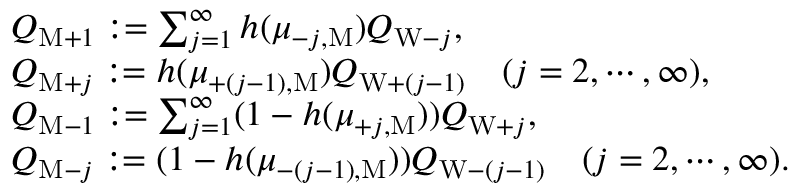
\begin{array} { r l } & { Q _ { \mathrm { M } + 1 } : = \sum _ { j = 1 } ^ { \infty } h ( \mu _ { - j , \mathrm { M } } ) Q _ { \mathrm { W } - j } , } \\ & { Q _ { \mathrm { M } + j } : = h ( \mu _ { + ( j - 1 ) , \mathrm { M } } ) Q _ { \mathrm { W } + ( j - 1 ) } \quad ( j = 2 , \cdots , \infty ) , } \\ & { Q _ { \mathrm { M } - 1 } : = \sum _ { j = 1 } ^ { \infty } ( 1 - h ( \mu _ { + j , \mathrm { M } } ) ) Q _ { \mathrm { W } + j } , } \\ & { Q _ { \mathrm { M } - j } : = ( 1 - h ( \mu _ { - ( j - 1 ) , \mathrm { M } } ) ) Q _ { \mathrm { W } - ( j - 1 ) } \quad ( j = 2 , \cdots , \infty ) . } \end{array}